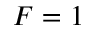
F = 1